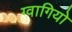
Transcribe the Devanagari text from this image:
ग्वागियो